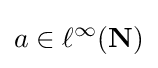
a\in \ell ^{\infty }(\mathbf {N} )